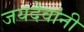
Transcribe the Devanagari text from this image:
जयदेवांनी